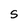
Character: S